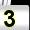
Digit: 3